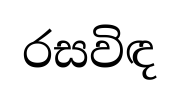
රසවිඳ